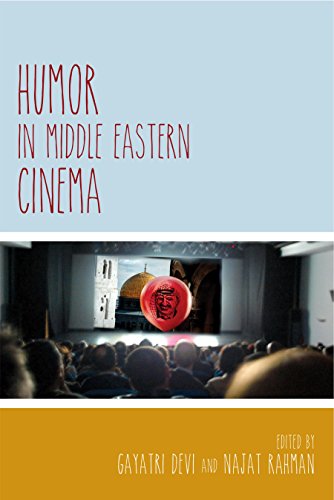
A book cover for Humor in Middle Eastern Cinema (Contemporary Approaches to Film and Media Series); Humor & Entertainment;